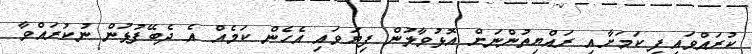
ކުރައްވައިފި ކަމަށާއި ރައްޔިތުންނަށް އޮޅުވާލުން ފިޔަވައި އެހެން ކަމެއް އެ ދެބޭފުޅުން ނުކުރައްވާ